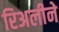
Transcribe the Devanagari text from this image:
रिअलीने